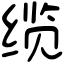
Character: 缆